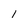
Character: i